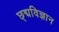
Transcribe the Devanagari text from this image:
छ्द्मविज्ञान